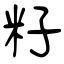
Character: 籽